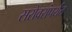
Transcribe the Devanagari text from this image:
सरोवरांपर्यंत